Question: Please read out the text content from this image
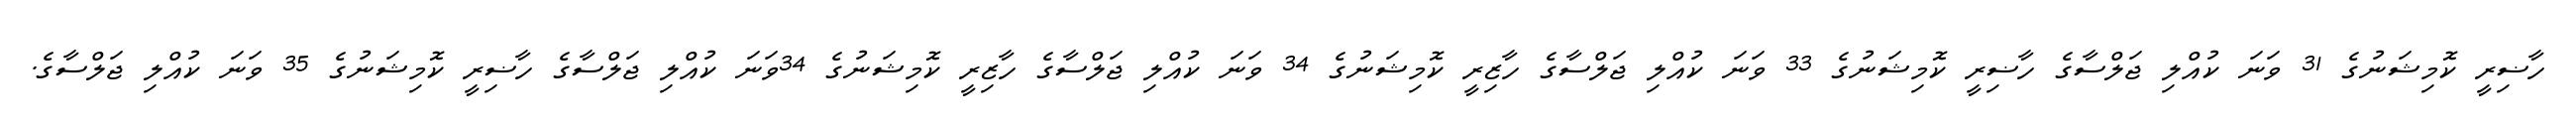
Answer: ހާޟިރީ ކޮމިޝަނުގެ 31 ވަނަ ކުއްލި ޖަލްސާގެ ހާޟިރީ ކޮމިޝަނުގެ 33 ވަނަ ކުއްލި ޖަލްސާގެ ހާޒިރީ ކޮމިޝަނުގެ 34 ވަނަ ކުއްލި ޖަލްސާގެ ހާޒިރީ ކޮމިޝަނުގެ 34ވަނަ ކުއްލި ޖަލްސާގެ ހާޟިރީ ކޮމިޝަނުގެ 35 ވަނަ ކުއްލި ޖަލްސާގެ.